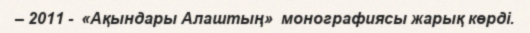
– 2011 -  «Ақындары Алаштың»  монографиясы жарық көрді.